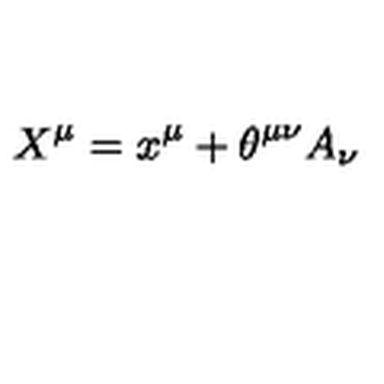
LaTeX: X ^ { \mu } = x ^ { \mu } + \theta ^ { \mu \nu } A _ { \nu }